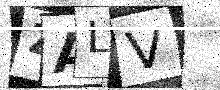
Text: ZALV